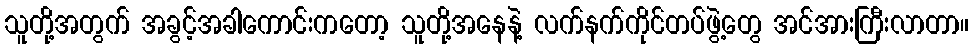
သူတို့အတွက် အခွင့်အခါကောင်းကတော့ သူတို့အနေနဲ့ လက်နက်ကိုင်တပ်ဖွဲ့တွေ အင်အားကြီးလာတာ။